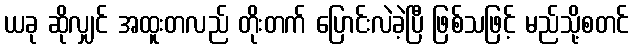
ယခု ဆိုလျှင် အထူးတလည် တိုးတက် ပြောင်းလဲခဲ့ပြီ ဖြစ်သဖြင့် မည်သို့စတင်